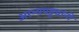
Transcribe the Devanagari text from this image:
अरन्यपट्ट्यांनी